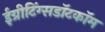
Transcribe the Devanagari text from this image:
ईग्रीटिंग्सडॉटकॉम